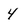
Character: 4